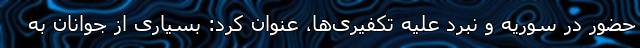
حضور در سوریه و نبرد علیه تکفیری‌ها، عنوان کرد: بسیاری از جوانان به